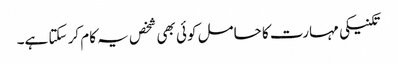
تکنیکی مہارت کا حامل کوئی بھی شخص یہ کام کر سکتا ہے۔